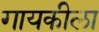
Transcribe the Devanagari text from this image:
गायकीला